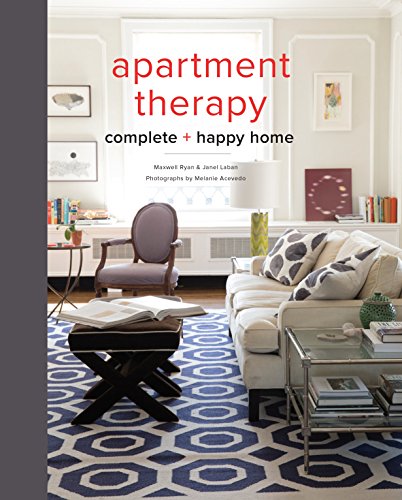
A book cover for Apartment Therapy Complete and Happy Home; Maxwell Ryan; Crafts, Hobbies & Home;